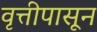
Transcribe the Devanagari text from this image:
वृत्तीपासून